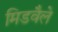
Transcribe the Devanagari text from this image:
मिडवैले